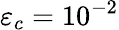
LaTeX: \varepsilon_{c}=10^{-2}